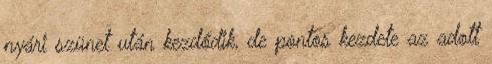
nyári szünet után kezdődik, de pontos kezdete az adott